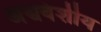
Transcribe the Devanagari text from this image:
अश्ववंशीय